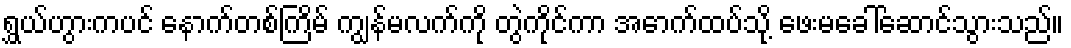
ရွှယ်ဟွားကပင် နောက်တစ်ကြိမ် ကျွန်မလက်ကို တွဲကိုင်ကာ အောက်ထပ်သို့ ဖေးမခေါ်ဆောင်သွားသည်။